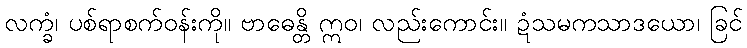
လက္ခံ၊ ပစ်ရာစက်ဝန်းကို။ ဗာဓေန္တိ ဣဝ၊ လည်းကောင်း။ ဍံသမကသာဒယော၊ ခြင်